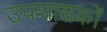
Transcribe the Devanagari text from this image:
उपशासकों